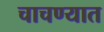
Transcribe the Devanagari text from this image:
चाचण्यात